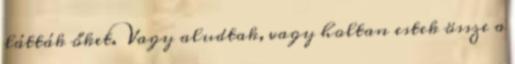
látták őket. Vagy aludtak, vagy holtan estek össze a